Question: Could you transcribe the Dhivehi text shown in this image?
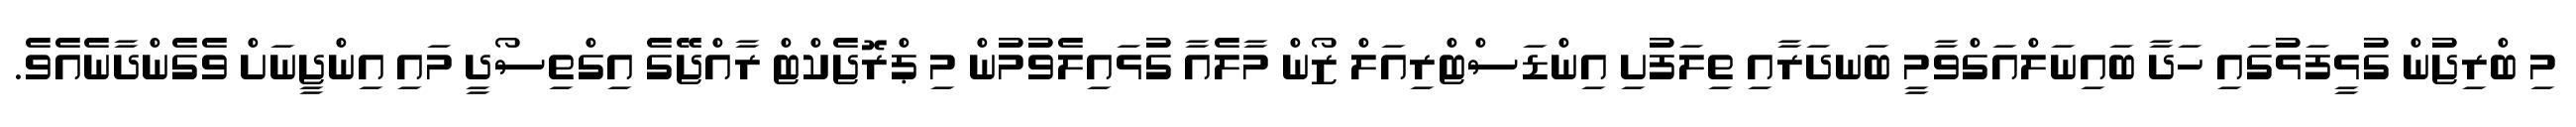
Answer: މި ބްރިޖުން ގުޅީފަޅުގައި ހަދާ ބައިނަލްއަގްވާމީ ބަނދަރާއި ތިލަފުށި އިންޑަސްޓްރިއަލް ޒޯން މާލެއާ ގުޅައިލެވުމުން މި ޕްރޮޖެކްޓް ރާއްޖޭގެ އިގްތިސޯދީ މައި އިންޖީނަށް ވެގެންދާނެއެވެ.